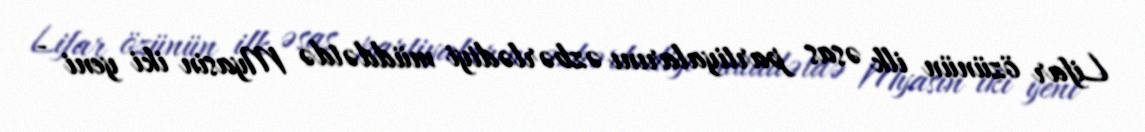
Lifar özünün ilk əsas partiyalarını əzbərlədiyi müddətdə Myasin iki yeni -